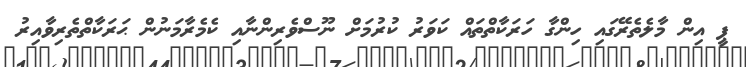
ޕީ އިން މާލެތެރޭގައި ހިންގާ ހަރަކާތްތައް ކަވަރު ކުރުމަށް ނޫސްވެރިންނާއި ކެމެރާމަނުން ޙަރަކާތްތެރިވާއިރު